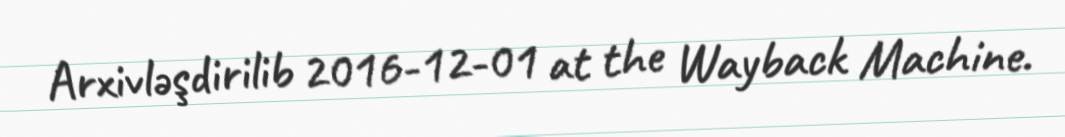
Arxivləşdirilib 2016-12-01 at the Wayback Machine.